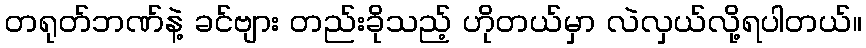
တရုတ်ဘဏ်နဲ့ ခင်ဗျား တည်းခိုသည့် ဟိုတယ်မှာ လဲလှယ်လို့ရပါတယ်။